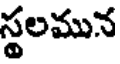
స్థలమున